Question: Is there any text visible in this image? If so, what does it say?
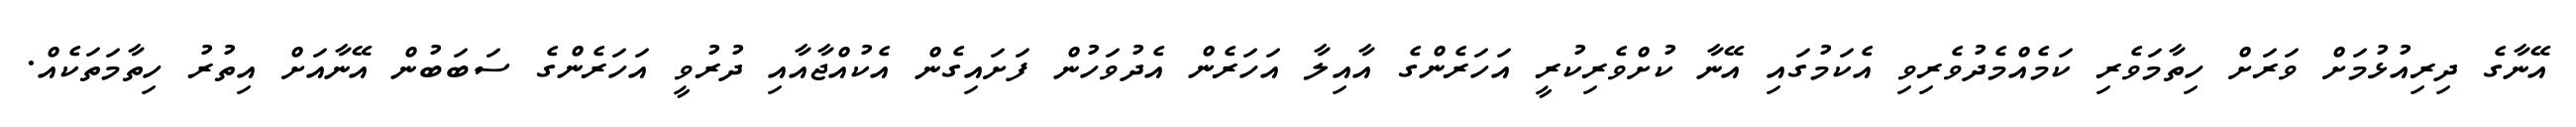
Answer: އޭނާގެ ދިރިއުޅުމަށް ވަރަށް ހިތާމަވެރި ކަމެއްމެދުވެރިވި އެކަމުގައި އޭނާ ކުށްވެރިކުރީ އަހަރެންގެ އާއިލާ އަހަރެން އެދުވަހުން ފަށައިގެން އެކުއްޖާއާއި ދުރުވީ އަހަރެންގެ ސަބަބުން އޭނާއަށް އިތުރު ހިތާމަތަކެއް.